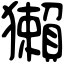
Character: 獺